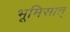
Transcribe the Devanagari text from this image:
भूमिसात्